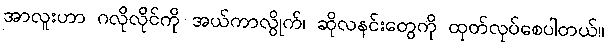
အာလူးဟာ ဂလိုလိုင်ကို အယ်ကာလွိုက်၊ ဆိုလနင်းတွေကို ထုတ်လုပ်စေပါတယ်။